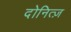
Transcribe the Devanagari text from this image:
दोनित्ज़